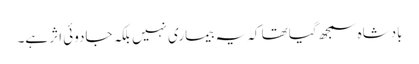
بادشاہ سمجھ گیا تھا کہ یہ بیماری نہیں بلکہ جادوئی اثر ہے۔